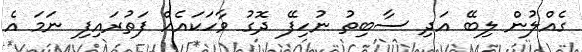
ގެއްލުން ލިބޭ އަދި ސާބިތު ނުހިފޭ ދޮގު ވާހަކައެއް ފަތުރައިފި ނަމަ އެ